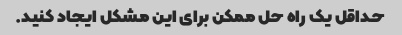
حداقل یک راه حل ممکن برای این مشکل ایجاد کنید.